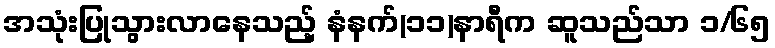
အသုံးပြုသွားလာနေသည့် နံနက်(၁၁)နာရီက ဆူသည်သာ ၁/၆၅